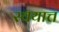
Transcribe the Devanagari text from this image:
स्वयात्त